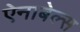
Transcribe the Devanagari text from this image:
ऐनाबेल्स